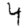
Digit: 4